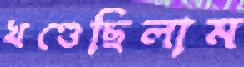
খণ্ডেছিলাম